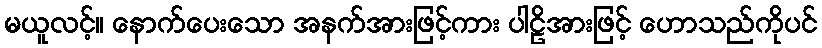
မယူလင့်။ နောက်ပေးသော အနက်အားဖြင့်ကား ပါဠိအားဖြင့် ဟောသည်ကိုပင်